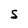
Character: S